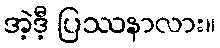
အဲ့ဒီ့ ပြဿနာလား။